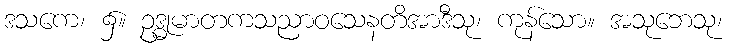
ဒသကေ၊ ၌။ ဥဒ္ဓုမာတကသညာဝသေနတိအာဒီသု၊ ကုန်သော။ အသုဘေသု၊